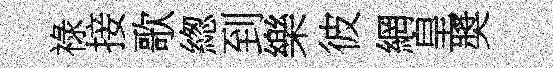
祿接歌緫到樂彼網皇奬